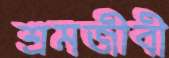
শ্রমজীবী